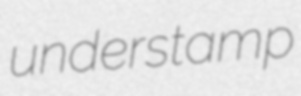
understamp